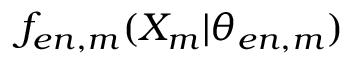
f _ { e n , m } ( { X } _ { m } | \theta _ { e n , m } )